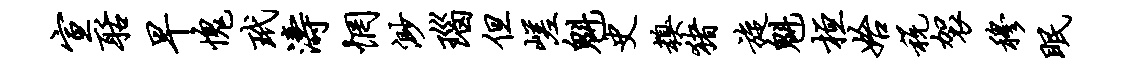
宣聒早愧玳涛惘渺瑙但嵯魁史糗猪旋魁桓始税袈穆眠